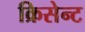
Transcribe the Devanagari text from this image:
क्रिसेन्‍ट